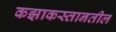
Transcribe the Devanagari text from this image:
कझाकस्तानतील